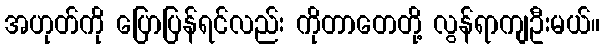
အဟုတ်ကို ပြောပြန်ရင်လည်း ကိုတာတေတို့ လွန်ရာကျဦးမယ်။